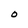
Character: 0